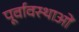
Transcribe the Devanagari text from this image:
पूर्वावस्थाओं